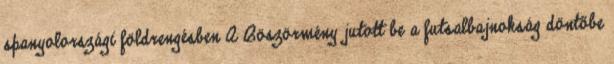
spanyolországi földrengésben A Böszörmény jutott be a futsalbajnokság döntőbe